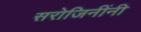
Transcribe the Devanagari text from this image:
सरोजिनींनी